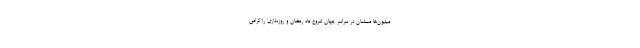
میلیون‌ها مسلمان در سراسر جهان شروع ماه رمضان و روزه‌داری را گرامی